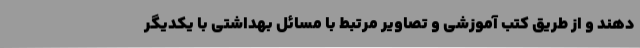
دهند و از طریق کتب‌ آموزشی و تصاویر مرتبط با مسائل بهداشتی با یکدیگر